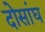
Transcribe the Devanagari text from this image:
दोसांघ